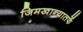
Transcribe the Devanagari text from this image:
जिमखान्यातर्फे